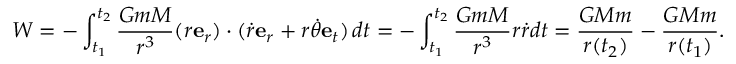
W = - \int _ { t _ { 1 } } ^ { t _ { 2 } } { \frac { G m M } { r ^ { 3 } } } ( r \mathbf { e } _ { r } ) \cdot ( { \dot { r } } \mathbf { e } _ { r } + r { \dot { \theta } } \mathbf { e } _ { t } ) \, d t = - \int _ { t _ { 1 } } ^ { t _ { 2 } } { \frac { G m M } { r ^ { 3 } } } r { \dot { r } } d t = { \frac { G M m } { r ( t _ { 2 } ) } } - { \frac { G M m } { r ( t _ { 1 } ) } } .